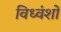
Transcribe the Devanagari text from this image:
विध्वंशों